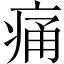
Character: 痛